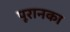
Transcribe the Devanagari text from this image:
पूरानका